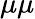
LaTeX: \mu\mu